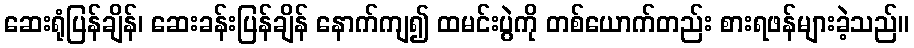
ဆေးရုံပြန်ချိန်၊ ဆေးခန်းပြန်ချိန် နောက်ကျ၍ ထမင်းပွဲကို တစ်ယောက်တည်း စားရဖန်များခဲ့သည်။